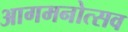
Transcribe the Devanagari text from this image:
आगमनोत्सव